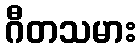
ဂီတသမား